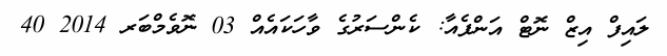
ލައިފް އިޒް ނޮޓް އަންފެއާ: ކެންސަރުގެ ވާހަކައެއް 03 ނޮވެމްބަރ 2014 40